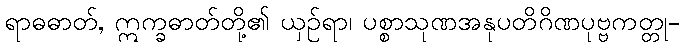
ရာဓဓာတ်, ဣက္ခဓာတ်တို့၏ ယှဉ်ရာ၊ ပစ္စာသုဏအနုပတိဂိဏပုဗ္ဗကတ္တု-